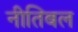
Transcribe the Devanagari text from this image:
नीतिबल